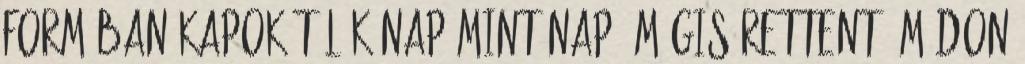
formában kapok Tőlük nap mint nap, mégis rettentő módon